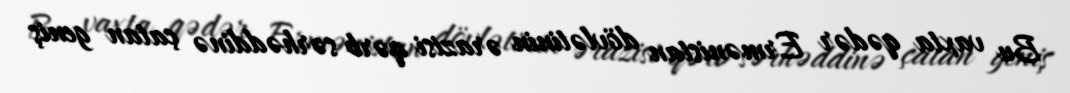
Bu vaxta qədər Ermənistan dövlətinin ərazisi qərb sərhəddinə çatan geniş